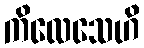
ကိလေသေဟိ